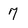
Character: 7